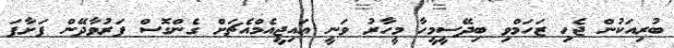
ބުރިއަކުން ޖެހި ޒަހަމްވި ބިދޭސީމީހާ މީހާރު ވަނީ އައިޖީއެމްއެޗަށް ގެންގޮސް ފަރުވާދޭން ފަށާފަ